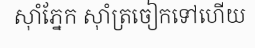
ស៊ាំភ្នែក ស៊ាំត្រចៀកទៅហើយ